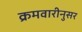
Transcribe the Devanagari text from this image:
क्रमवारीनुसर